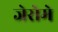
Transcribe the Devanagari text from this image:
जेरोमे